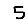
Digit: 5